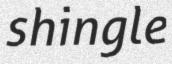
shingle